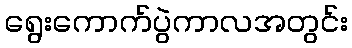
ရွေးကောက်ပွဲကာလအတွင်း